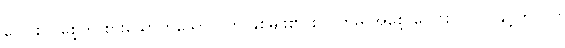
ပေါင်းပင်စေ့ကို စားသောက်သော ငှက် နှစ်မျိုး၏ စလုတ်မှ အစေ့ ပေါင်း ၁၇၀၀နှင့် ၅၀၀၀